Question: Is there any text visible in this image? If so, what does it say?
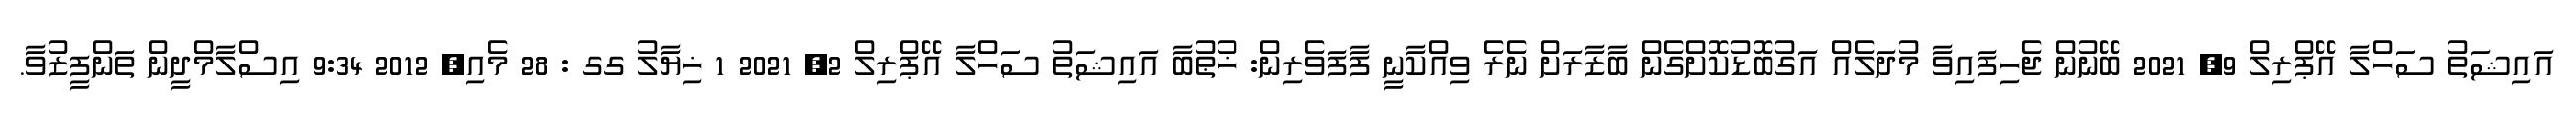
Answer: އައިޝަތު ސަހްލާ އޭޕްރިލް 9, 2021 ބޭނުން ޖެހިފައިވާ މުދަލެއް އަގުބޮޑުކޮށްގެން ބާޒާރަށް ނެރެ ވިއްކާނީ ފާފަވެރިން: ޚުޠުބާ އައިޝަތު ސަހްލާ އޭޕްރިލް 2, 2021 1 ޚިޔާލު ގގ : 28 މެއި, 2012 9:34 އިސްލާމްދީން ތަންފީޒުވާ.